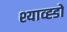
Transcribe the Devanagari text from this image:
श्याव्ह्डो